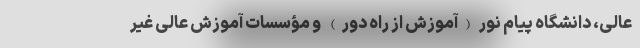
عالی، دانشگاه پیام نور (آموزش از راه دور) و مؤسسات آموزش عالی غیر